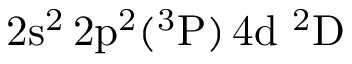
\mathrm { 2 s ^ { 2 } \, 2 p ^ { 2 } ( ^ { 3 } P ) \, 4 d ~ ^ { 2 } D }